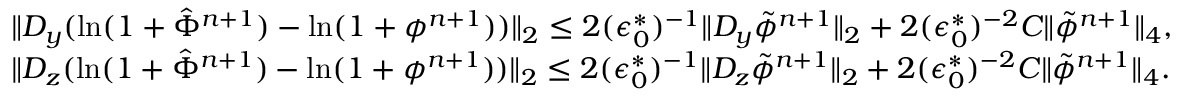
\begin{array} { r l } & { \| D _ { y } ( \ln ( 1 + \hat { \Phi } ^ { n + 1 } ) - \ln ( 1 + \phi ^ { n + 1 } ) ) \| _ { 2 } \le 2 ( \epsilon _ { 0 } ^ { * } ) ^ { - 1 } \| D _ { y } \tilde { \phi } ^ { n + 1 } \| _ { 2 } + 2 ( \epsilon _ { 0 } ^ { * } ) ^ { - 2 } C \| \tilde { \phi } ^ { n + 1 } \| _ { 4 } , } \\ & { \| D _ { z } ( \ln ( 1 + \hat { \Phi } ^ { n + 1 } ) - \ln ( 1 + \phi ^ { n + 1 } ) ) \| _ { 2 } \le 2 ( \epsilon _ { 0 } ^ { * } ) ^ { - 1 } \| D _ { z } \tilde { \phi } ^ { n + 1 } \| _ { 2 } + 2 ( \epsilon _ { 0 } ^ { * } ) ^ { - 2 } C \| \tilde { \phi } ^ { n + 1 } \| _ { 4 } . } \end{array}